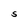
Character: S